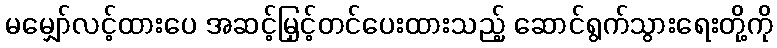
မမျှော်လင့်ထားပေ အဆင့်မြှင့်တင်ပေးထားသည့် ဆောင်ရွက်သွားရေးတို့ကို